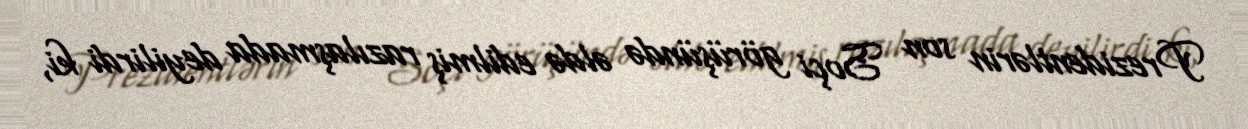
Prezidentlərin son Soçi görüşündə əldə edilmiş razılaşmada deyilirdi ki,